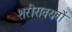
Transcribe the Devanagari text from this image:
शरीरावयवों